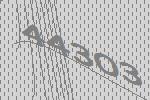
44303